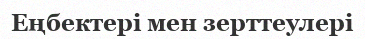
Еңбектері мен зерттеулері